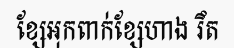
ខ្សែអុកពាក់ខ្សែហាង រឹត